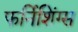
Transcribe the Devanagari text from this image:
फर्निशिंग्स